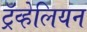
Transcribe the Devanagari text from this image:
ट्रॅव्हेलियन